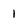
Character: I